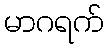
မာဂရက်